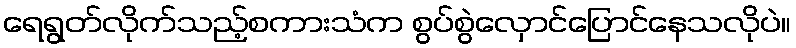
ရေရွတ်လိုက်သည့်စကားသံက စွပ်စွဲလှောင်ပြောင်နေသလိုပဲ။